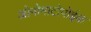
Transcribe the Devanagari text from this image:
ओनोमाटोपोईक